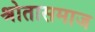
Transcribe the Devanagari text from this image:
श्रोतासमाज